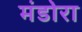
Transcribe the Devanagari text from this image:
मंडोरा